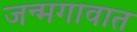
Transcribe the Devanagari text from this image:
जन्मगावात